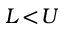
L \! < \! U